Insane asylums in Bengal annual reports 1867-1875 - 1867-1875
Year: 1867
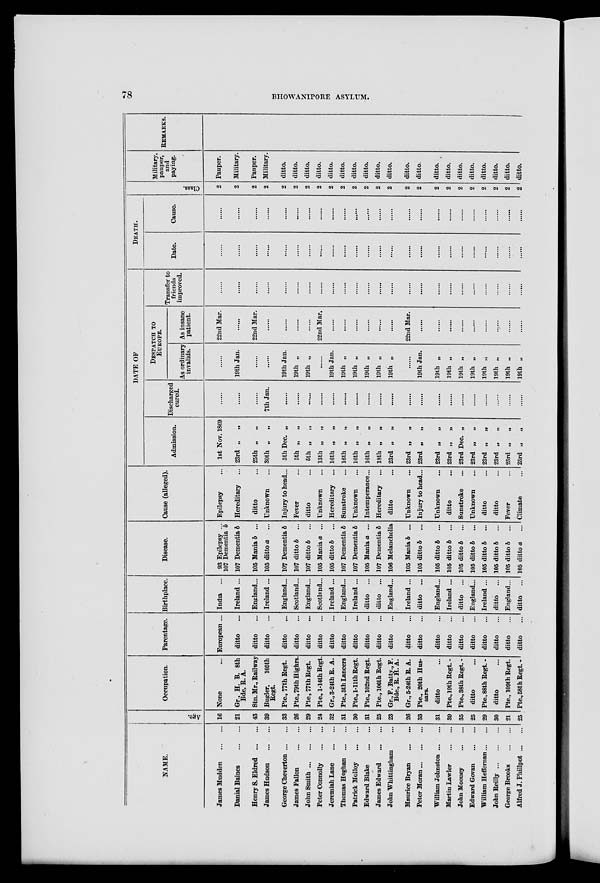
78
BHOWANIPORE ASYLUM.
NAME.
James Mudden
...
...
Danial Baines
...
...
Henry S. Eldred ... ...
James Hudson
...
...
George Cheverton ... ...
James Fallon
...
...
John Smith
...
...
Peter Connolly ... ...
Jeremiah Lane
...
...
Thomas Hoghan ... ...
Patrick Molloy
...
...
Edward Blake
...
...
James Edward
...
...
John Whittingham ...
Maurice Bryan
...
...
Peter Moran
...
...
William Johnston ... ...
Martin Lawler
...
...
John Mooney
...
...
Edward Govan
...
...
William Heffernan ... ...
John Reilly ... ... ...
George Brooks
...
...
Alfred J. Phillpot ... ...
Age.
16
21
43
39
33
26
29
24
32
31
30
31
25
23
26
33
31
39
35
25
29
30
21
25
Occupation.
None ...
Gr., H. B. 8th
Bde, R. A.
Stn. Mr., Railway
Bugler,
105th
Regt.
Pte., 77th Regt.
Pte.,79thHighrs.
Pte., 77th Regt.
Pte., 1-14th Regt.
Gr., 3-24th R. A.
Pte.,5th Lancers
Pte., 1-11 th Regt.
Pte., 102nd Regt.
Pte., 106th Regt.
Gr.,F.Batty.,F.
Bde., R. H. A.
Gr., 5-24th R. A.
Pte., 20th Hus-
sars.
ditto ...
Pte., 19th Regt.-
Pte., 38th Regt. -
ditto ...
Pte., 88th Regt. -
ditto ...
Pte., 109th Regt.
Pte., 58th Regt.-
Parentage.
European ...
ditto ...
ditto ...
ditto ...
ditto ...
ditto ...
ditto ...
ditto ...
ditto ...
ditto ...
ditto ...
ditto ...
ditto ...
ditto ...
ditto ...
ditto ...
ditto ...
ditto ...
ditto ...
ditto ...
ditto ...
ditto ...
ditto ...
ditto ...
Birthplace.
India ...
Ireland ...
England...
Ireland ...
England...
Scotland...
England...
Scotland...
Ireland ...
England...
Ireland ...
ditto ...
ditto ...
England...
Ireland ...
ditto ...
England...
Ireland ...
ditto ...
England...
Ireland ...
ditto ...
England...
ditto ...
Disease.
93 Epilepsy ...
107 Dementia b
107 Dementia b
105 Mania b ...
105 ditto a
107 Dementia b
107 ditto b ...
107 ditto b ...
105 Mania a ...
105 ditto b
107 Dementia b
107 Dementia b
105 Mania a ...
107 Dementia b
106 Melancholia
105 Mania b ...
105 ditto b ...
105 ditto b ...
105 ditto b ...
105 ditto b ...
105 ditto b ...
105 ditto b ...
105 ditto b ...
105 ditto b ...
105 ditto a
...
Cause (alleged).
Epilepsy
Hereditary
ditto
Unknown
Injury to head...
Fever ...
ditto ...
Unknown ...
Hereditary ...
Sunstroke ...
Unknown ...
Intemperance...
Hereditary ...
ditto ...
Unknown ...
Injury to head...
Unknown ...
ditto ...
Sunstroke ...
Unknown ...
ditto ...
ditto ...
Fever ...
Climate ...
DATE OF
Admission.
1st Nov. 1869
23rd „
„
25th „
„
30th „
„
5th Dec. „
5th „
„
5th „
„
13th „
„
16th „ „
16th „
„
16th „
„
16th „
18th „
„
23rd „
„
23rd „
„
23rd „
„
23rd „
„
23rd „
„
23rd Dec. „
23rd „
„
23rd „
„
23rd „
„
23rd „
„
23rd „
„
Discharged
cured.
.......
.......
.......
7th Jan.
.......
.......
.......
.......
.......
.......
.......
.......
.......
.......
.......
.......
.......
.......
.......
.......
.......
.......
.......
.......
DESPATCH TO
EUROPE.
As ordinary
invalids.
.......
19th Jan.
.......
.......
19th Jan.
19th „
19th „
.......
19th Jan.
19th „
19th „
19th „
19th „
19th „
19th Jan.
19th „
19th „
19th „
19th „
19th „
19th „
19th „
19th „
As insane
patient.
22nd Mar.
.......
22nd Mar.
.......
.......
.......
.......
22nd Mar.
.......
.......
.......
.......
.......
.......
22nd Mar.
.......
.......
.......
.......
.......
.......
.......
.......
.......
Transfer to
friends
improved.
.......
.......
.......
.......
.......
.......
.......
.......
.......
.......
.......
.......
.......
.......
.......
.......
.......
.......
.......
.......
.......
.......
.......
.......
DEATH.
Date.
.......
.......
.......
.......
.......
.......
.......
.......
.......
.......
.......
.......
.......
.......
.......
.......
.......
.......
.......
.......
.......
.......
.......
.......
Cause.
.......
.......
.......
.......
.......
.......
.......
.......
.......
.......
.......
.......
.......
.......
.......
.......
.......
.......
.......
.......
.......
.......
.......
.......
Class.
2
2
2
2
2
2
2
2
2
2
2
2
2
2
2
2
2
2
2
2
2
2
2
2
Military,
pauper,
and
paying.
Pauper.
Military.
Pauper.
Military.
ditto.
ditto.
ditto.
ditto.
ditto.
ditto.
ditto.
ditto.
ditto.
ditto.
ditto.
ditto.
ditto.
ditto.
ditto.
ditto.
ditto.
ditto.
ditto.
ditto.
REMARKS.